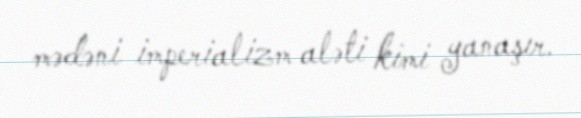
mədəni imperializm aləti kimi yanaşır.